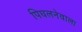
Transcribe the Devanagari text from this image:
पिघलनेवाला